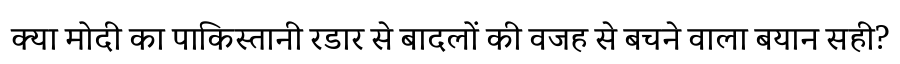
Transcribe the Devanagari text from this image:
क्या मोदी का पाकिस्तानी रडार से बादलों की वजह से बचने वाला बयान सही?